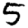
Digit: 5